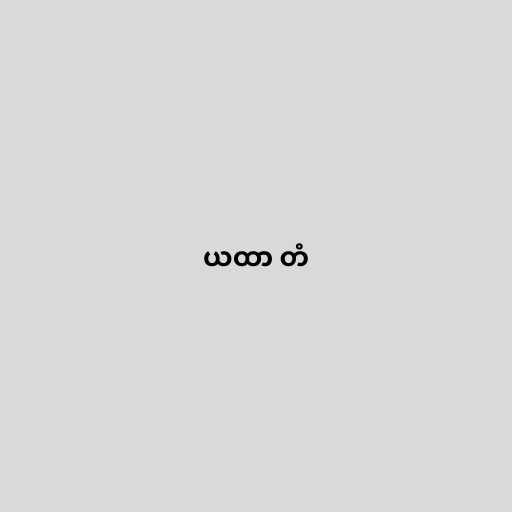
ယထာ တံ